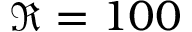
\Re = 1 0 0